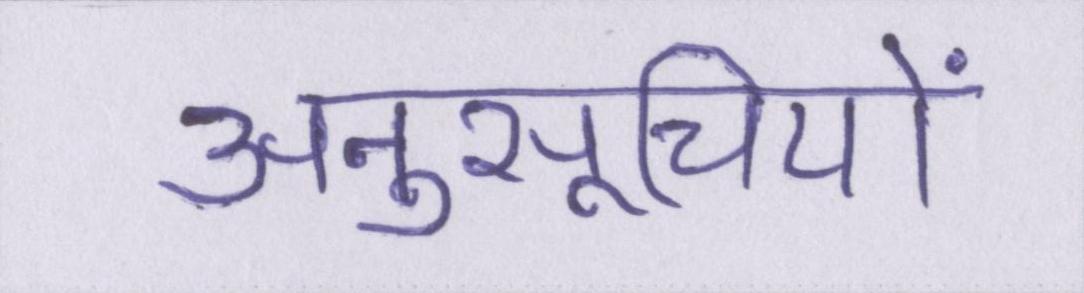
अनुसूचियों